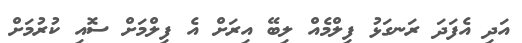
އަދި އެފަދަ ރަނގަޅު ފިލްމެއް ލިބޭ އިރަށް އެ ފިލްމަށް ސޮއި ކުރުމަށް